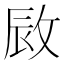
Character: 敐